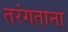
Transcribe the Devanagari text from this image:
तरंगताना